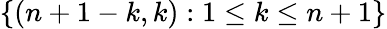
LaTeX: \{ (n+1-k,k):1\leq k\leq n+1\}